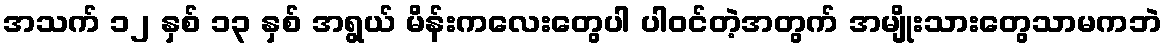
အသက် ၁၂ နှစ် ၁၃ နှစ် အရွယ် မိန်းကလေးတွေပါ ပါဝင်တဲ့အတွက် အမျိုးသားတွေသာမကဘဲ